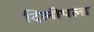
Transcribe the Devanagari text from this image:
दिलीपला